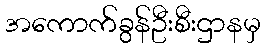
အကောက်ခွန်ဦးစီးဌာနမှ